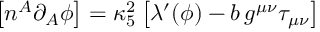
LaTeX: \left[ n ^ { A } \partial _ { A } \phi \right] = \kappa _ { 5 } ^ { 2 } \left[ \lambda ^ { \prime } ( \phi ) - b \, g ^ { \mu \nu } \tau _ { \mu \nu } \right]